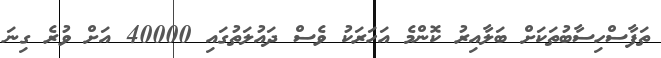
ތަފާސްހިސާބުތަކަށް ބަލާއިރު ކޮންމެ އަހަރަކު ވެސް ދައުލަތުގައި 40000 އަށް ވުރެ ގިނަ